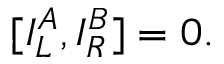
\lbrack { I _ { L } ^ { A } , I _ { R } ^ { B } ] } = 0 .